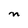
Character: n